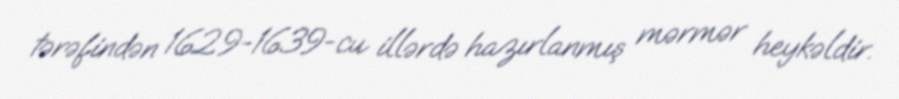
tərəfindən 1629-1639-cu illərdə hazırlanmış mərmər heykəldir.